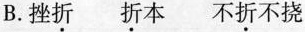
B.挫折 折本 不折不挠